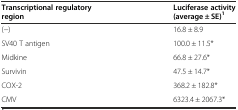
<table><thead><tr><td><b>Transcriptional regulatory region</b></td><td><b>Luciferase activity (average ± SE)<sup>1</sup></b></td></tr></thead><tbody><tr><td>(−)</td><td>16.8 ± 8.9</td></tr><tr><td>SV40 T antigen</td><td>100.0 ± 11.5*</td></tr><tr><td>Midkine</td><td>66.8 ± 27.6*</td></tr><tr><td>Survivin</td><td>47.5 ± 14.7*</td></tr><tr><td>COX-2</td><td>368.2 ± 182.8*</td></tr><tr><td>CMV</td><td>6323.4 ± 2067.3*</td></tr></tbody></table>